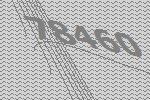
78460